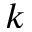
k